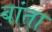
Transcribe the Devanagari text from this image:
बांता